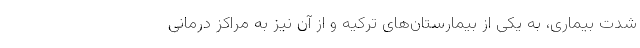
شدت بیماری، به یکی از بیمارستان‌های ترکیه و از آن نیز به مراکز درمانی